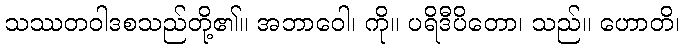
သဿတဝါဒစသည်တို့၏။ အဘာဝေါ၊ ကို။ ပရိဒီပိတော၊ သည်။ ဟောတိ၊